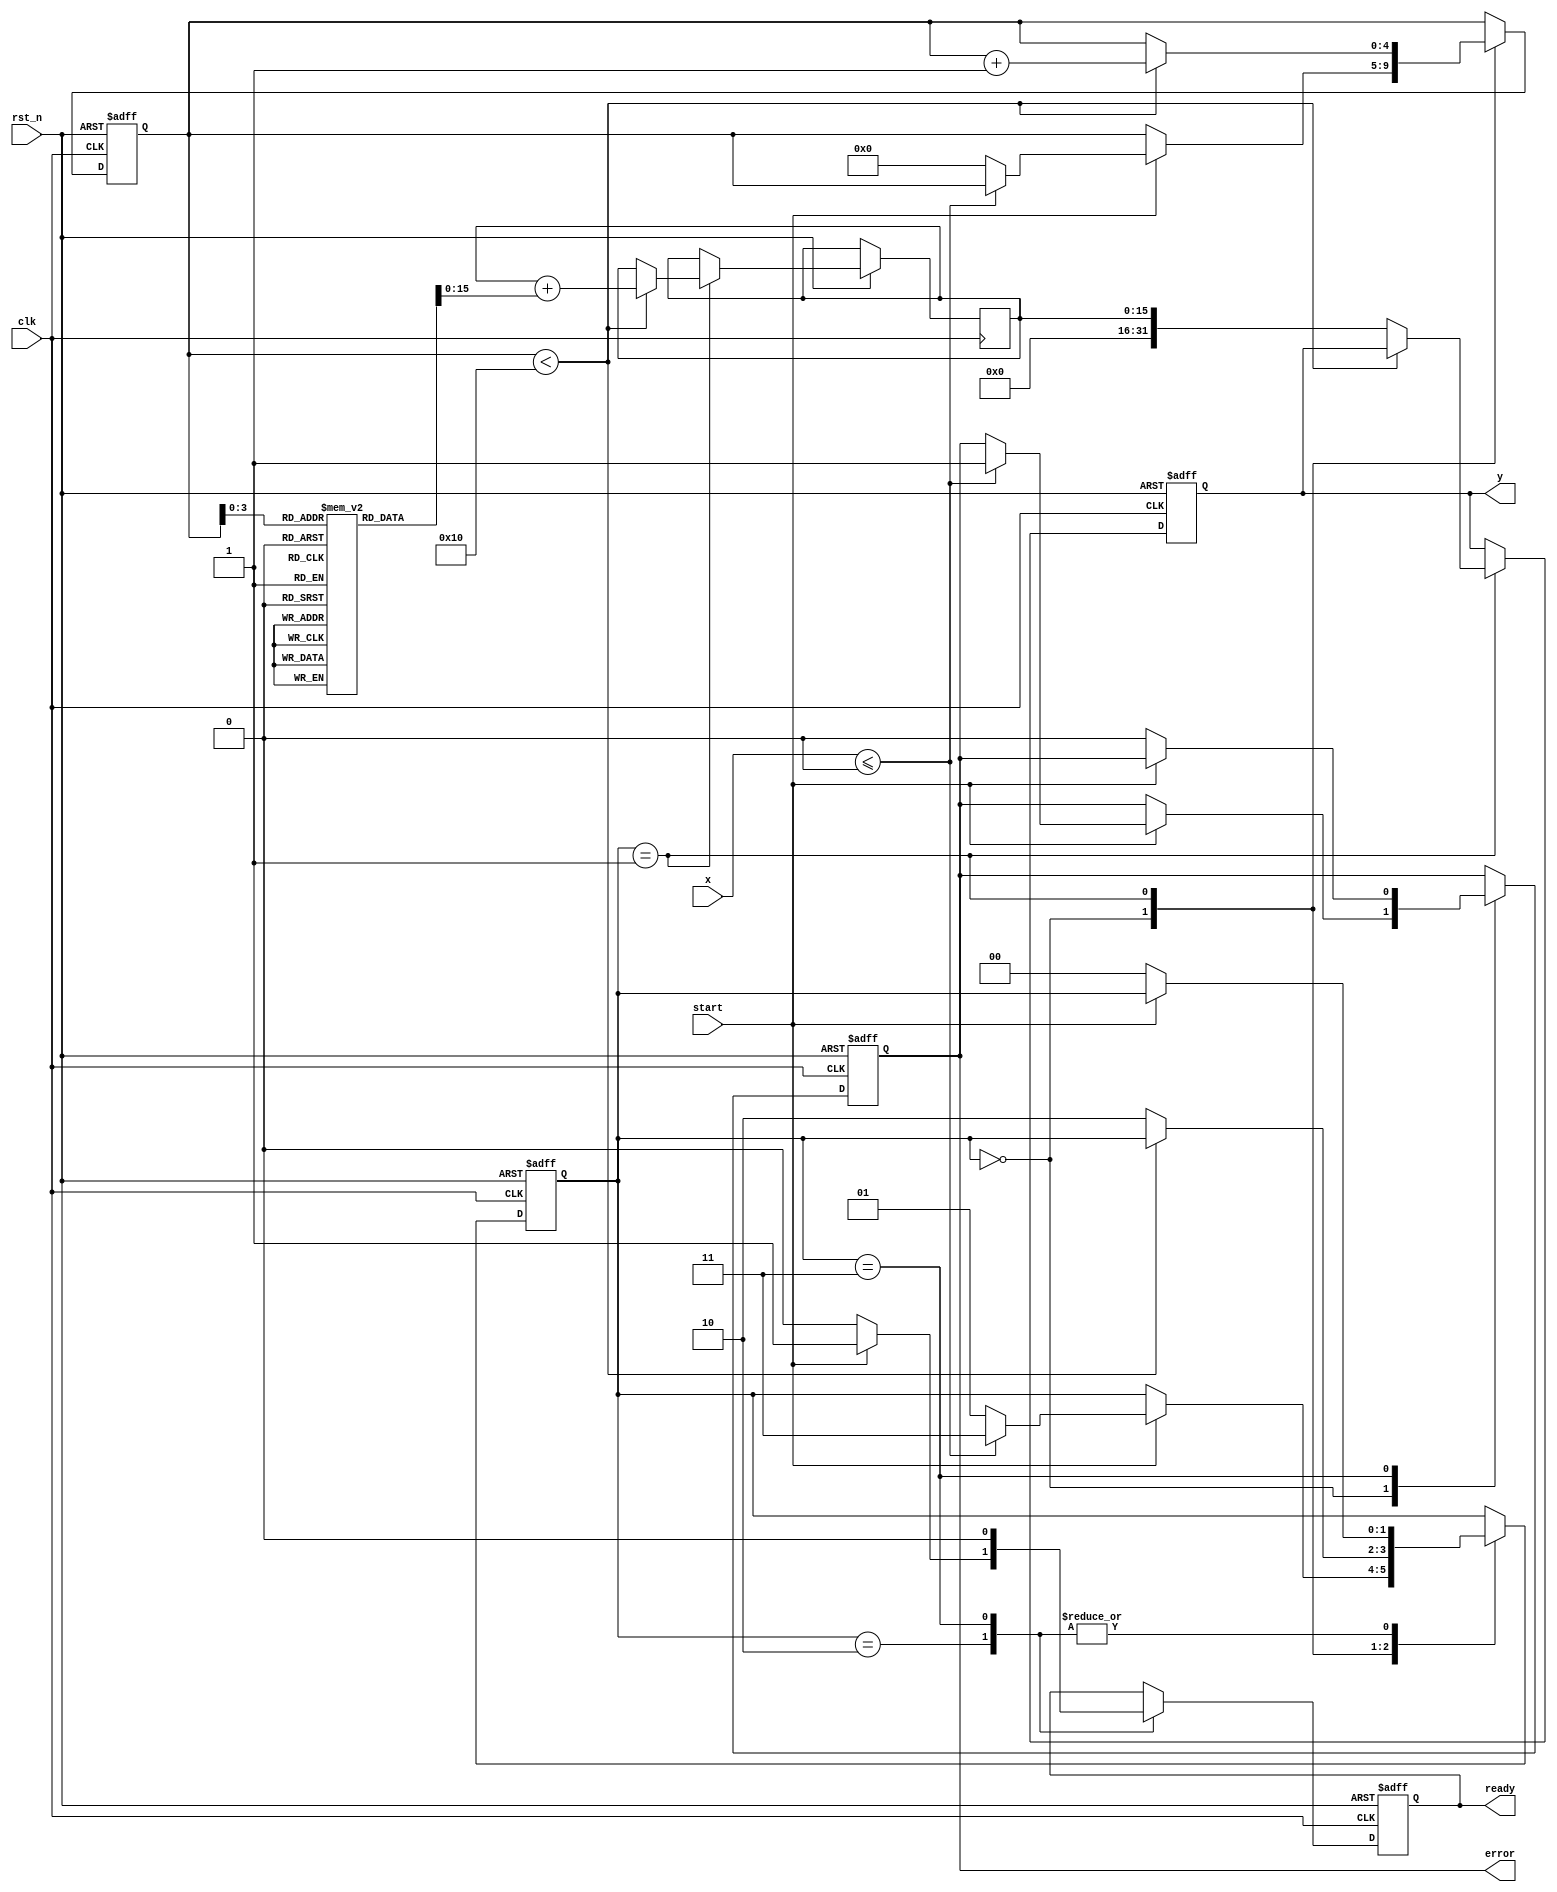
module cordic_logarithm #(
    parameter WIDTH_IN = 32, // Input width (floating-point representation)
    parameter WIDTH_OUT = 32, // Output width (floating-point representation)
    parameter NUM_ITER = 16 // Number of iterations for CORDIC
)(
    input wire clk,
    input wire rst_n,
    input wire start,
    input wire [WIDTH_IN-1:0] x, // Input value (positive)
    output reg [WIDTH_OUT-1:0] y, // Output value (logarithm)
    output reg ready,
    output reg error
);

    // Internal states
    reg [WIDTH_IN-1:0] current_x;
    reg [WIDTH_IN-1:0] current_y;
    reg [NUM_ITER-1:0] angle; // Angle accumulator
    reg [4:0] iteration_count; // Iteration index
    reg [1:0] state; // FSM state

    // State encoding
    localparam IDLE = 2'b00,
               PROCESSING = 2'b01,
               DONE = 2'b10,
               ERROR = 2'b11;

    // Lookup table for arctangent values (in fixed-point format)
    reg [WIDTH_IN-1:0] atan_table [0:NUM_ITER-1];
    
    initial begin
        // Populate the arctangent lookup table
        // Example values (these should be calculated appropriately)
        atan_table[0] = 32'h3F000000; // atan(1) in fixed-point format
        // Populate rest of atan_table with appropriate arctangent values
    end

    // FSM for controlling the CORDIC process
    always @(posedge clk or negedge rst_n) begin
        if (!rst_n) begin
            state <= IDLE;
            y <= 0;
            ready <= 0;
            error <= 0;
            iteration_count <= 0;
        end else begin
            case (state)
                IDLE: begin
                    if (start) begin
                        if (x <= 0) begin
                            error <= 1; // Invalid input
                            state <= ERROR;
                        end else begin
                            current_x <= x;
                            current_y <= 0; // Initialize Y to 0
                            iteration_count <= 0;
                            state <= PROCESSING;
                        end
                    end
                end
                
                PROCESSING: begin
                    if (iteration_count < NUM_ITER) begin
                        // CORDIC algorithm implementation
                        // Update current_x and current_y based on rotation
                        // Example rotation update (simplified)
                        current_x <= current_x - (current_y >> iteration_count);
                        current_y <= current_y + (current_x >> iteration_count);
                        angle <= angle + atan_table[iteration_count];
                        iteration_count <= iteration_count + 1;
                    end else begin
                        // Finalize the output
                        y <= angle; // Output the logarithmic value
                        state <= DONE;
                    end
                end
                
                DONE: begin
                    ready <= 1; // Signal that computation is done
                    if (!start) begin
                        state <= IDLE; // Go back to idle state
                        ready <= 0; // Reset ready signal
                    end
                end
                
                ERROR: begin
                    // Handle error state
                    ready <= 0;
                    if (!start) begin
                        state <= IDLE; // Reset state
                        error <= 0; // Clear error flag
                    end
                end
            endcase
        end
    end

endmodule